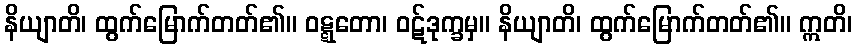
နိယျာတိ၊ ထွက်မြောက်တတ်၏။ ဝဋ္ဋတော၊ ဝဋ်ဒုက္ခမှ။ နိယျာတိ၊ ထွက်မြောက်တတ်၏။ ဣတိ၊